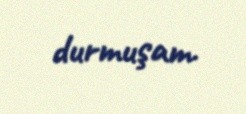
durmuşam.